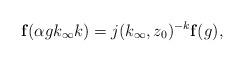
LaTeX: \begin{align*}\mathbf{f}(\alpha gk_{\infty}k)=j(k_{\infty},z_0)^{-k}\mathbf{f}(g), \end{align*}